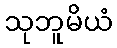
သုဘူမိယံ